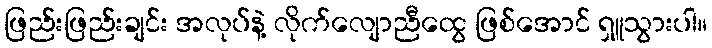
ဖြည်းဖြည်းချင်း အလုပ်နဲ့ လိုက်လျောညီထွေ ဖြစ်အောင် ရှူသွားပါ။